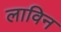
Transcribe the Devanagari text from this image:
लाविन